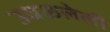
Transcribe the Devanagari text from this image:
उधळलेली